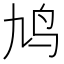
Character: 鸠